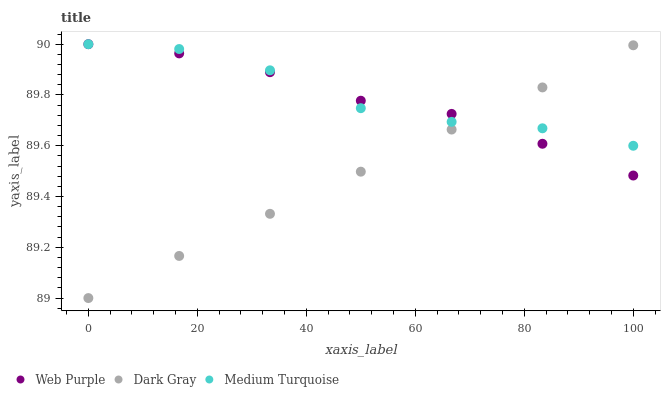
| xaxis_label | Web Purple | Dark Gray | Medium Turquoise |
 | --- | --- | --- | --- |
 | 0 | 90 | 89 | 90 |
 | 16.7 | 90 | 89.2 | 90 |
 | 33.3 | 89.9 | 89.3 | 89.9 |
 | 50 | 89.8 | 89.5 | 89.7 |
 | 66.7 | 89.7 | 89.7 | 89.7 |
 | 83.3 | 89.6 | 89.8 | 89.7 |
 | 100 | 89.5 | 90 | 89.6 |